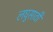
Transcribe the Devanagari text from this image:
लघुसाठी